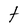
Character: t